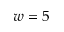
w = 5